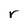
Character: r